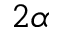
2 \alpha